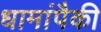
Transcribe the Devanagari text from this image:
धामांपैकी